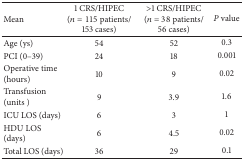
| Mean | 1 CRS/HIPEC(n = 115 patients/153 cases) | >1 CRS/HIPEC(n = 38 patients/56 cases) | P value |
 | --- | --- | --- | --- |
 | Age (ys) | 54 | 52 | 0.3 |
 | PCI (0–39) | 24 | 18 | 0.001 |
 | Operative time (hours) | 10 | 9 | 0.02 |
 | Transfusion (units ) | 9 | 3.9 | 1.6 |
 | ICU LOS (days) | 6 | 3 | 1 |
 | HDU LOS (days) | 6 | 4.5 | 0.02 |
 | Total LOS (days) | 36 | 29 | 0.1 |